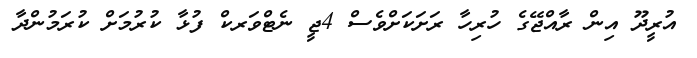
އުރީދޫ އިން ރާއްޖޭގެ ހުރިހާ ރަށަކަށްވެސް 4ޖީ ނެޓްވަރކް ފުޅާ ކުރުމަށް ކުރަމުންދާ